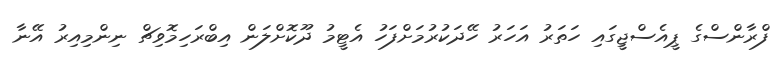
ފްރާންސްގެ ޕީއެސްޖީގައި ހަތަރު އަހަރު ހޭދަކުރުމަށްފަހު އެޓީމު ދޫކޮށްލަން އިބްރަހިމޮވިޗް ނިންމިއިރު އޭނާ